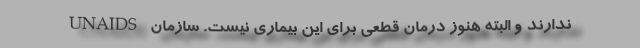
ندارند و البته هنوز درمان قطعی برای این بیماری نیست. سازمان UNAIDS